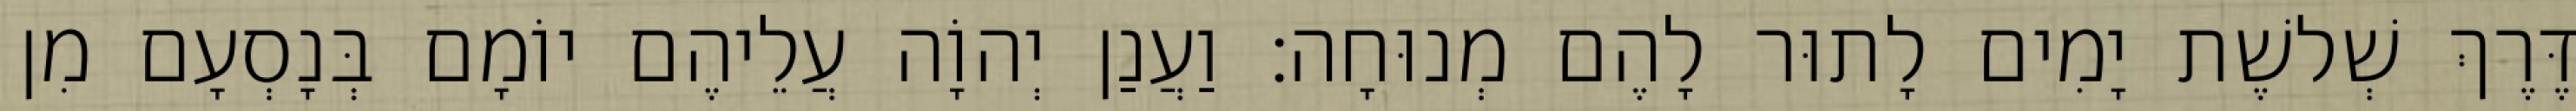
דֶּרֶךְ שְׁלשֶׁת יָמִים לָתוּר לָהֶם מְנוּחָה׃ וַעֲנַן יְהוָֹה עֲלֵיהֶם יוֹמָם בְּנָסְעָם מִן